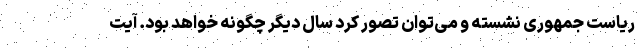
ریاست جمهوری نشسته و می‌توان تصور کرد سال دیگر چگونه خواهد بود. آیت